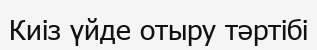
Киіз үйде отыру тәртібі